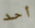
أحد